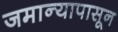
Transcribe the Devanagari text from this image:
जमान्यापासून